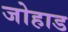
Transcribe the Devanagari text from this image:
जोहाड